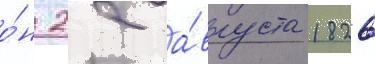
о́н 22 а́вгуста 1826